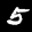
Label: 5